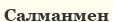
Салманмен